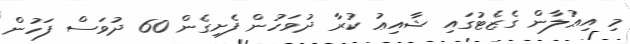
މި އިޢުލާން ގެޒެޓުގައި ޝާއިޢު ކުރާ ދުވަހުން ފެށިގެން 60 ދުވަސް ފަހުން